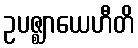
ဥပဇ္ဈာယေဟီတိ